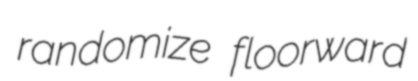
randomize floorward